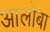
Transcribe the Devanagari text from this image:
आलोबा